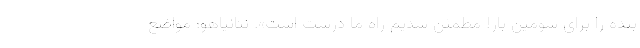
بنده را برای سومین بار! مطمئن شدیم راه ما درست است». نتانیاهو: مواضع